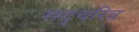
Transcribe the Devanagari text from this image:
सद्चरित्र